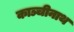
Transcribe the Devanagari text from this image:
काञ्चीनाथ